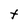
Character: t